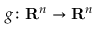
g \colon \mathbf { R } ^ { n } \to \mathbf { R } ^ { n }